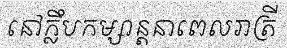
នៅក្លឹបកម្សាន្តនាពេលរាត្រី